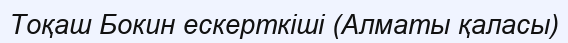
Тоқаш Бокин ескерткіші (Алматы қаласы)